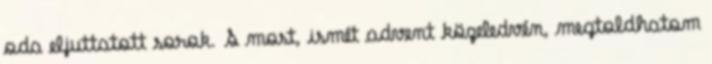
oda eljuttatott sorok. S most, ismét advent közeledvén, megtoldhatom